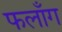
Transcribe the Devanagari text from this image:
फलाँग